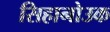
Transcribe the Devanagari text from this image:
सिहानोउक